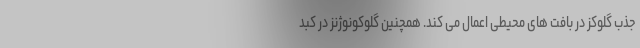
جذب گلوکز در بافت های محیطی اعمال می کند. همچنین گلوکونوژنز در کبد